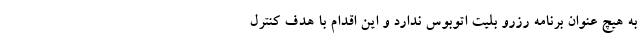
به هیچ عنوان برنامه رزرو بلیت اتوبوس ندارد و این اقدام با هدف کنترل